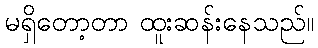
မရှိတော့တာ ထူးဆန်းနေသည်။